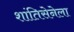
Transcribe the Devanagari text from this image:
शांतिसेनेला